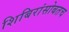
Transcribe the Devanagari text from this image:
शिबिरांसोबतच